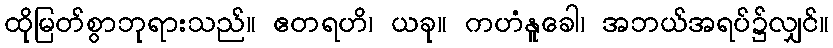
ထိုမြတ်စွာဘုရားသည်။ ဧတရဟိ၊ ယခု။ ကဟံနူခေါ၊ အဘယ်အရပ်၌လျှင်။